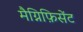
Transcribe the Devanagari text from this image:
मैग्निफ़िसेंट